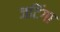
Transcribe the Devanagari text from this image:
जटिंगा